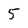
Character: 5